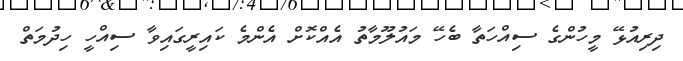
ދިރިއުޅޭ މީހުންގެ ސިއްހަތާ ބެހޭ މައުލޫމާތު އެއްކޮށް އެންމެ ކައިރީގައިވާ ސިއްހީ ހިދުމަތް